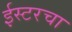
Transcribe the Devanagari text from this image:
ईस्टरचा